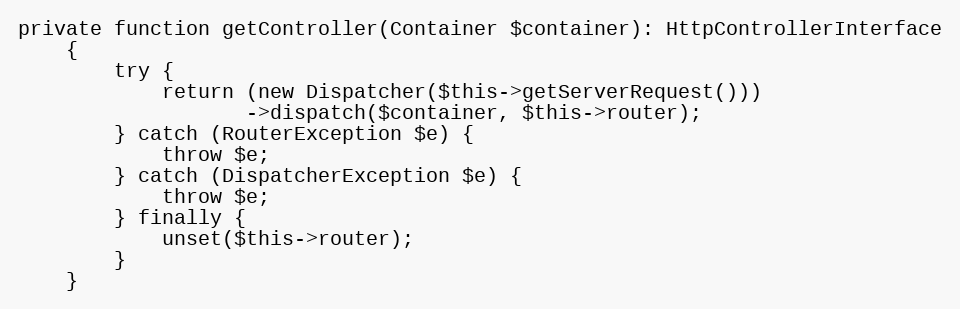
Language: PHP
private function getController(Container $container): HttpControllerInterface
    {
        try {
            return (new Dispatcher($this->getServerRequest()))
                   ->dispatch($container, $this->router);
        } catch (RouterException $e) {
            throw $e;
        } catch (DispatcherException $e) {
            throw $e;
        } finally {
            unset($this->router);
        }
    }